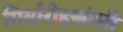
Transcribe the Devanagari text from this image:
गिर्यारोहकांशी